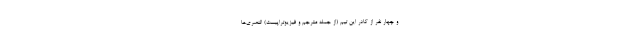
و چهار نفر از کادر این تیم (از جمله مترجم و فیزیوتراپیست) النصری‌ها